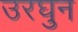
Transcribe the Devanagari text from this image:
उरघुन